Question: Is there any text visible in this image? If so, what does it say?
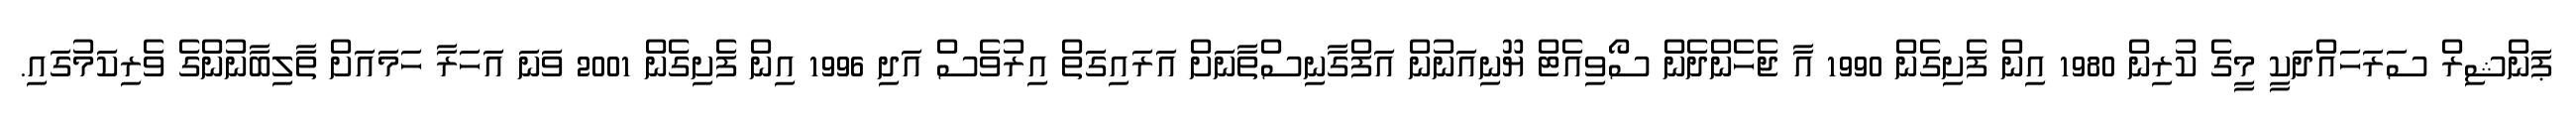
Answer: ޕަންޝިރް ސަރަހައްދަކީ މީގެ ކުރިން 1980 އިން ފެށިގެން 1990 އާ ޖެހެންދެން ސޯވިއެޓް ޔޫނިއަނުން އަފްގާނިސްތާނަށް އަރައިގަތް އިރުވެސް އަދި 1996 އިން ފެށިގެން 2001 ވަނަ އަހަރާ ހަމައަށް ތާލިބާނުންގެ ވެރިކަމުގައި.